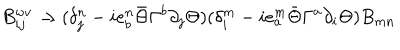
B _ { i j } ^ { w v } \rightarrow ( \delta _ { j } ^ { n } - i e _ { b } ^ { n } \bar { \Theta } \Gamma ^ { b } \partial _ { j } \Theta ) ( \delta _ { i } ^ { m } - i e _ { a } ^ { m } \bar { \Theta } \Gamma ^ { a } \partial _ { i } \Theta ) B _ { m n }